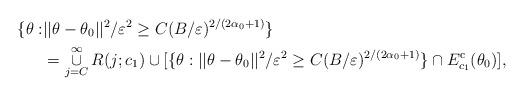
LaTeX: \begin{align*}\{\theta:& ||\theta-\theta_{0}||^{2} / \varepsilon^{2} \geq C ( B / \varepsilon)^{2/(2\alpha_{0}+1)}\} \\&= \mathop{\cup}_{j=C}^{\infty}R(j;c_{1})\cup[\{\theta: ||\theta-\theta_{0}||^{2} / \varepsilon^{2} \geq C ( B / \varepsilon )^{2/(2\alpha_{0}+1)}\}\cap E^{\mathrm{c}}_{c_{1}}(\theta_{0})],\end{align*}